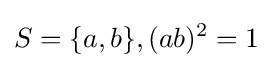
S=\{a,b\},(ab)^{2}=1